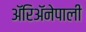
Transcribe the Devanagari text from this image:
ॲरिॲनेपाली